Civil Veterinary Dept. Bombay admin report 1923-31 - 1923-1931
Year: 1923
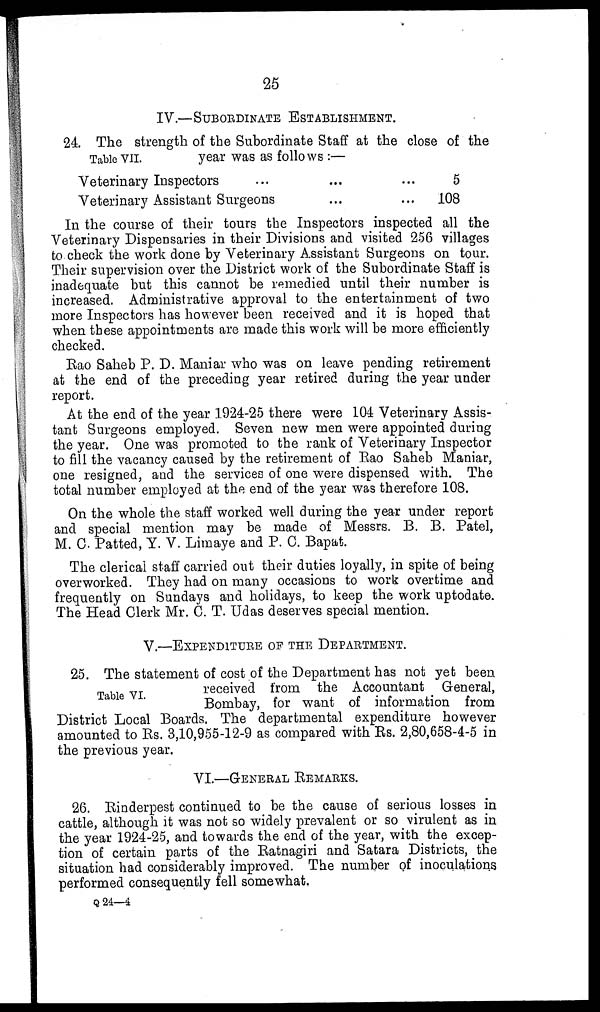
25
IV.—SUBORDINATE ESTABLISHMENT.
24. The strength of the Subordinate Staff at the close of the
Table VII. year was as follows :—
Veterinary Inspectors ... ... ...
Veterinary Assistant Surgeons ... ...
5
108
In the course of their tours the Inspectors inspected all the
Veterinary Dispensaries in their Divisions and visited 256 villages
to check the work done by Veterinary Assistant Surgeons on tour.
Their supervision over the District work of the Subordinate Staff is
inadequate but this cannot be remedied until their number is
increased. Administrative approval to the entertainment of two
more Inspectors has however been received and it is hoped that
when these appointments are made this work will be more efficiently
checked.
Rao Saheb P. D. Maniar who was on leave pending retirement
at the end of the preceding year retired during the year under
report.
At the end of the year 1924-25 there were 104 Veterinary Assis-
tant Surgeons employed. Seven new men were appointed during
the year. One was promoted to the rank of Veterinary Inspector
to fill the vacancy caused by the retirement of Rao Saheb Maniar,
one resigned, and the services of one were dispensed with. The
total number employed at the end of the year was therefore 108.
On the whole the staff worked well during the year under report
and special mention may be made of Messrs. B. B. Patel,
M. C. Patted, Y. V. Limaye and P. C. Bapat.
The clerical staff carried out their duties loyally, in spite of being
overworked. They had on many occasions to work overtime and
frequently on Sundays and holidays, to keep the work uptodate.
The Head Clerk Mr. C. T. Udas deserves special mention.
V.—EXPENDITURE OF THE DEPARTMENT.
25. The statement of cost of the Department has not yet been
Table VI
received from the Accountant General,
Bombay, for want of information from
District Local Boards. The departmental expenditure however
amounted to Rs. 3,10,955-12-9 as compared with Rs. 2,80,658-4-5 in
the previous year.
VI.—GENERAL REMARKS.
26. Rinderpest continued to be the cause of serious losses in
cattle, although it was not so widely prevalent or so virulent as in
the year 1924-25, and towards the end of the year, with the excep-
tion of certain parts of the Ratnagiri and Satara Districts, the
situation had considerably improved. The number of inoculations
performed consequently fell somewhat,
Q 24—4